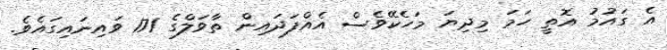
އެ ގައުމު އޮތީ ހަމަ މިދިޔަ މަހެކޭވެސް އެއްފަދައިން ތާވަލްގެ 171 ވައިނައިގައެވެ.